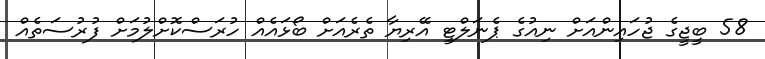
58 ބީޖީގެ ޖުހައިންއަށް ނިއުގެ ޕެނަލްޓީ އޭރިޔާ ތެރެއަށް ބޯޅައެއް ހުރަސްކޮށްލުމަށް ފުރުސަތެއް